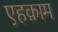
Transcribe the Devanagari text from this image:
एहक़ाम